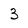
Character: 3